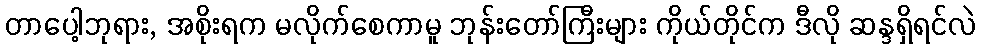
တာပေါ့ဘုရား, အစိုးရက မလိုက်စေကာမူ ဘုန်းတော်ကြီးများ ကိုယ်တိုင်က ဒီလို ဆန္ဒရှိရင်လဲ